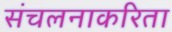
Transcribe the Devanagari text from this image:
संचलनाकरिता